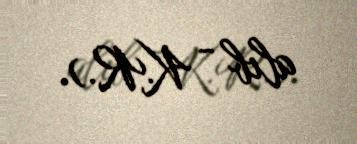
alıb - K.R.).